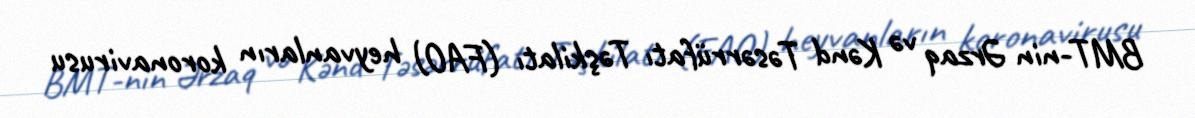
BMT-nin Ərzaq və Kənd Təsərrüfatı Təşkilatı (FAO) heyvanların koronavirusu